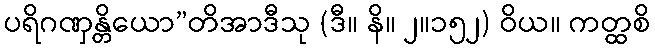
ပရိဂဏှန္တိယော”တိအာဒီသု (ဒီ။ နိ။ ၂။၁၅၂) ဝိယ။ ကတ္ထစိ